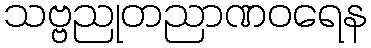
သဗ္ဗညုတညာဏဝရေန